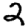
Digit: 2